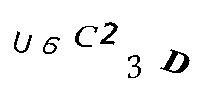
U6C23D